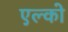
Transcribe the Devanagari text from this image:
एल्को